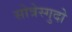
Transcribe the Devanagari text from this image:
सोत्रेस्गुदो